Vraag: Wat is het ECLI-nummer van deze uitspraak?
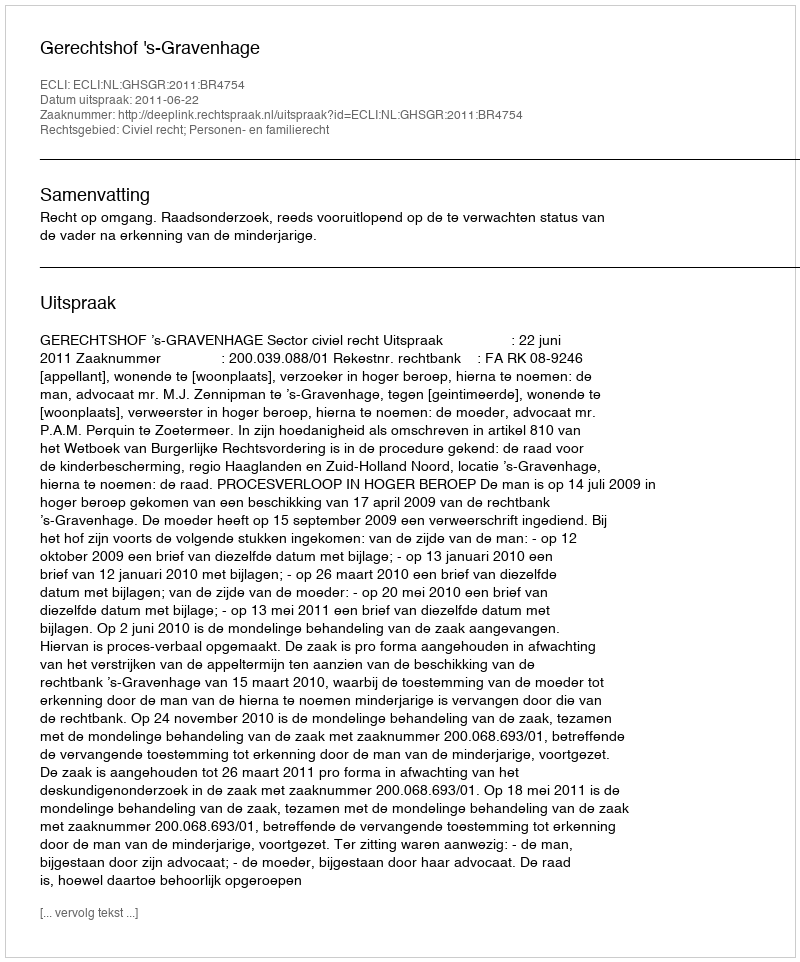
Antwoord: ECLI:NL:GHSGR:2011:BR4754